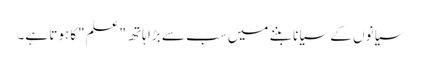
سیانوں کے سیانا بننے میں سب سے بڑا ہاتھ "علم"کا ہوتا ہے۔